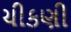
ચીકણી